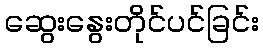
ဆွေးနွေးတိုင်ပင်ခြင်း